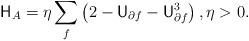
LaTeX: \begin{align*}\mathsf H_A = \eta \sum_{f} \left( 2 - \mathsf U_{\partial f} - \mathsf U_{\partial f}^3 \right), \eta >0.\end{align*}